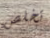
تخلص